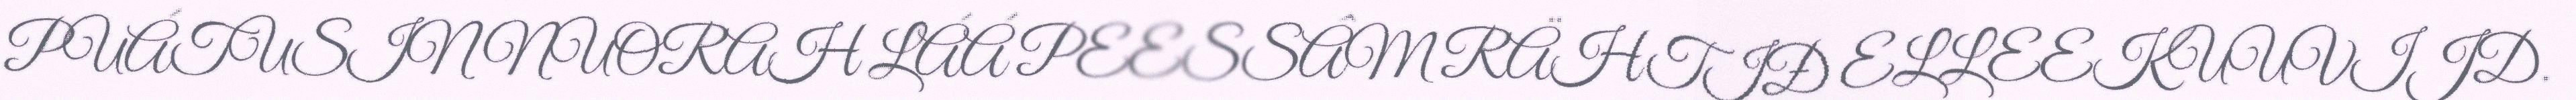
PUÁTUSIN NUORAH LÁÁ PEESSÂM RÄHTIĐ ELLEEKUUVIJD.